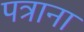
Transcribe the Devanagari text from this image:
पत्राना